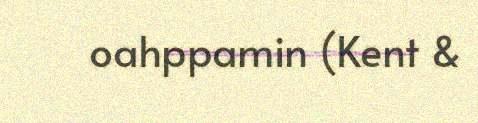
oahppamin (Kent &